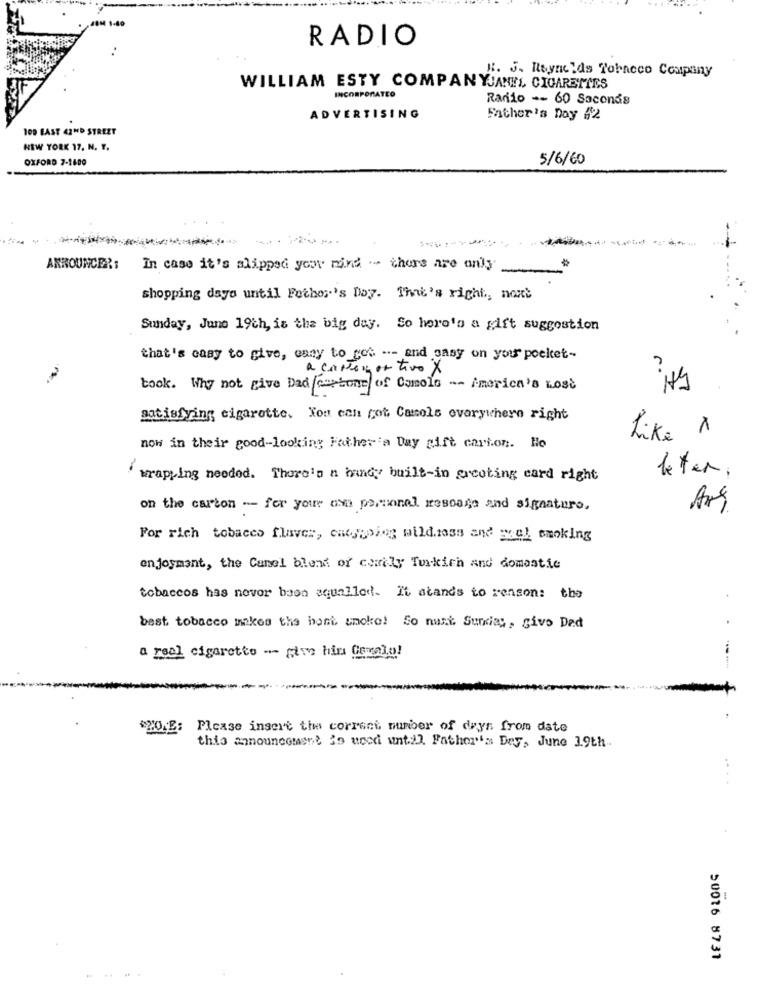
RADIO
H. J. Reynolds Tobacco Coupany
WILLIAM ESTY COMPANYJANES CIGARETTES
INCORPORATEO
Radio -- 60 Seconds
ADVERTISING
Father's Day 62
100 EAST 42ND STREET
NEW YORK 17, N. Y.
OXFORD 7-1600
5/6/60
ANNOUNCER:
In case it's slipped your mind .. there are only
shopping days until Fechos's Day. That's right, non
Sunday, June 19th, is the big day. So here's a gift suggestion
that's caay to give, easy to get --- and gasy on your pocket-
a cartago tivo X
took. Why not give Dad/cortone of Comolo -- America's Lost
satisfying cigarette. You can fot Camels everywhere right
Like 1
now in their good-looking Father's Day gift carton. Ho
wrapping needed. There's a handy built-in greeting card right
leter .
on the carton --- for your own personal message and signature,
For rich tobaces flaver, cargoing wild.ioss and wel smoking
enjoymant, the Canel blend of comily Turkich and domestic
tobaccos has never beon aqualled. It stands to reason: the
best tobacco makes the hont smoke! So nust Surkies, give Dad
a real cigarette - give him tavolo!
$20 E: Please insert the correct number of drys from date
this announcement jo wood until Father's Dey, June 3.9th-
LELA 92004